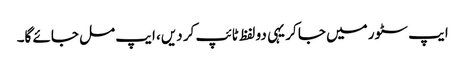
ایپ سٹور میں جا کر یہی دو لفظ ٹائپ کر دیں، ایپ مل جائے گا۔